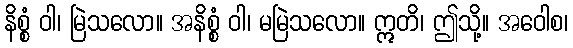
နိစ္စံ ဝါ၊ မြဲသလော။ အနိစ္စံ ဝါ၊ မမြဲသလော။ ဣတိ၊ ဤသို့။ အဝေါစ၊